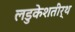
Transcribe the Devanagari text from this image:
लडुकेशतीर्थ